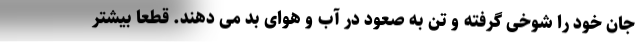
جان خود را شوخی گرفته و تن به صعود در آب و هوای بد می دهند. قطعا بیشتر